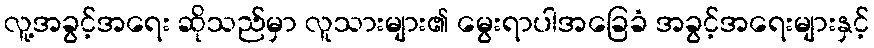
လူ့အခွင့်အရေး ဆိုသည်မှာ လူသားများ၏ မွေးရာပါအခြေခံ အခွင့်အရေးများနှင့်